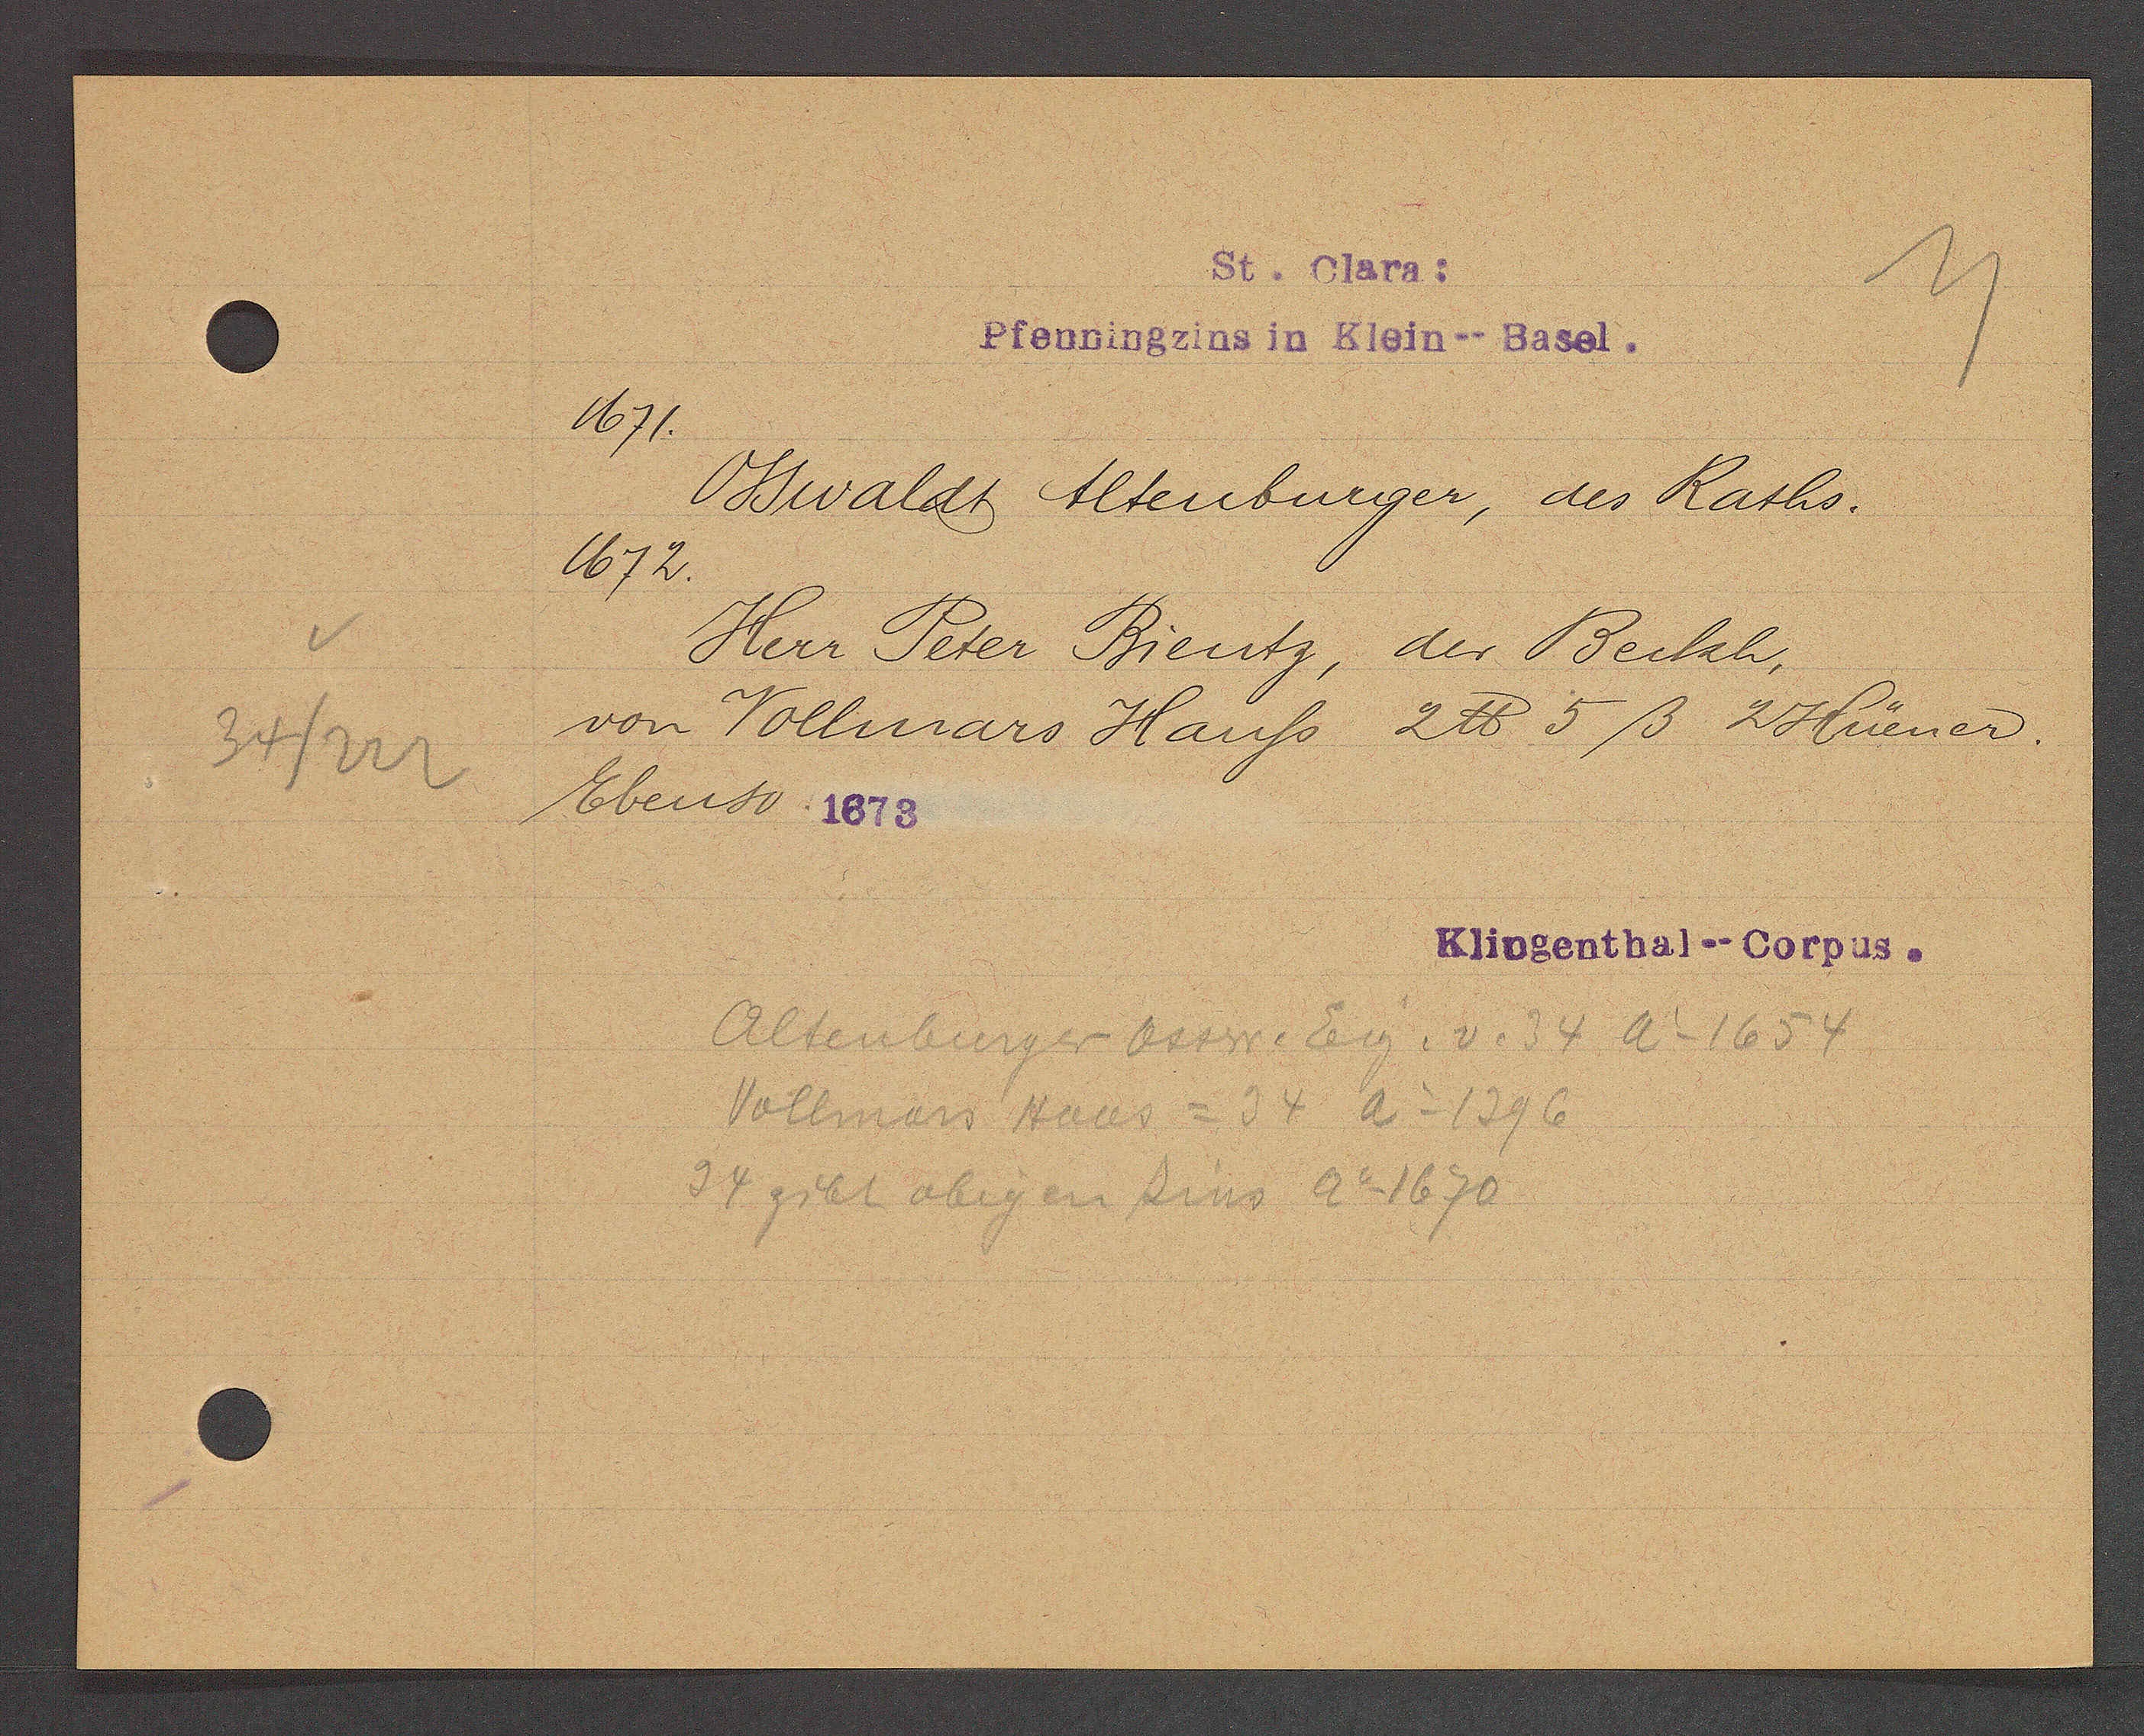
Transcript:
34/222

St. Clara:

Pfenningzins in Klein--Basel.
1671.
Oswaldt Altenburger, des Raths.
1672.
Herr Peter Bientz, der Beckh,
von Vollmars Hauss 2 ℔ 5ß 2 Hüener.
Ebenso 1673.

Klingenthal--Corpus.

Altenburger Ossw. Eig. v. 34 Ao 1654
Vollmass Haus = 34 Ao 1396
34 gibt obigen Zins Ao 1670